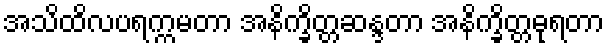
အသိထိလပရက္ကမတာ အနိက္ခိတ္တဆန္ဒတာ အနိက္ခိတ္တဓုရတာ